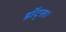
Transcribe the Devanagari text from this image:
डॉट्स।